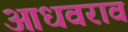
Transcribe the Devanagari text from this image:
आधवराव